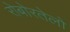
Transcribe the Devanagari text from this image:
रोबोरतेलो